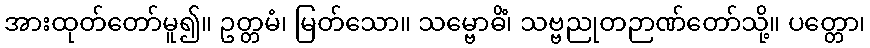
အားထုတ်တော်မူ၍။ ဥတ္တမံ၊ မြတ်သော။ သမ္ဗောဓိံ၊ သဗ္ဗညုတဉာဏ်တော်သို့။ ပတ္တော၊